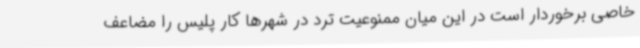
خاصی برخوردار است در این میان ممنوعیت ترد در شهرها کار پلیس را مضاعف